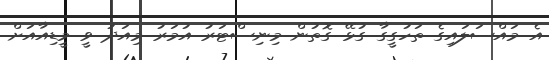
އެ މައްސަލައިގެ ތަހުގީގާ ގުޅޭ ގޮތުން މިނިސްޓަރު އުމަރު މިއަދު ވީ މީޑިއާއަށް